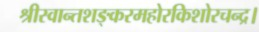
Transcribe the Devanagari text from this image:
श्रीस्वान्तशङ्करमहोरकिशोरचन्द्र।